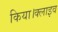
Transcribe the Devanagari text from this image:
किया।क्लाइव